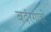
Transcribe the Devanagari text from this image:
बदंरगाहों